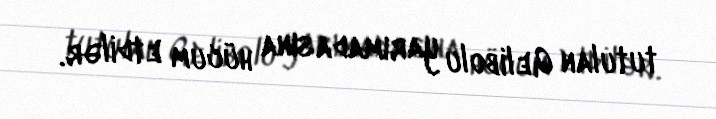
tutulan Gelibolu yarımadasına hücum etdilər.